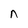
Character: n